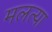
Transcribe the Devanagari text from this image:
मलत्या